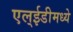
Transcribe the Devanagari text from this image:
एल्‌ईडीमध्ये